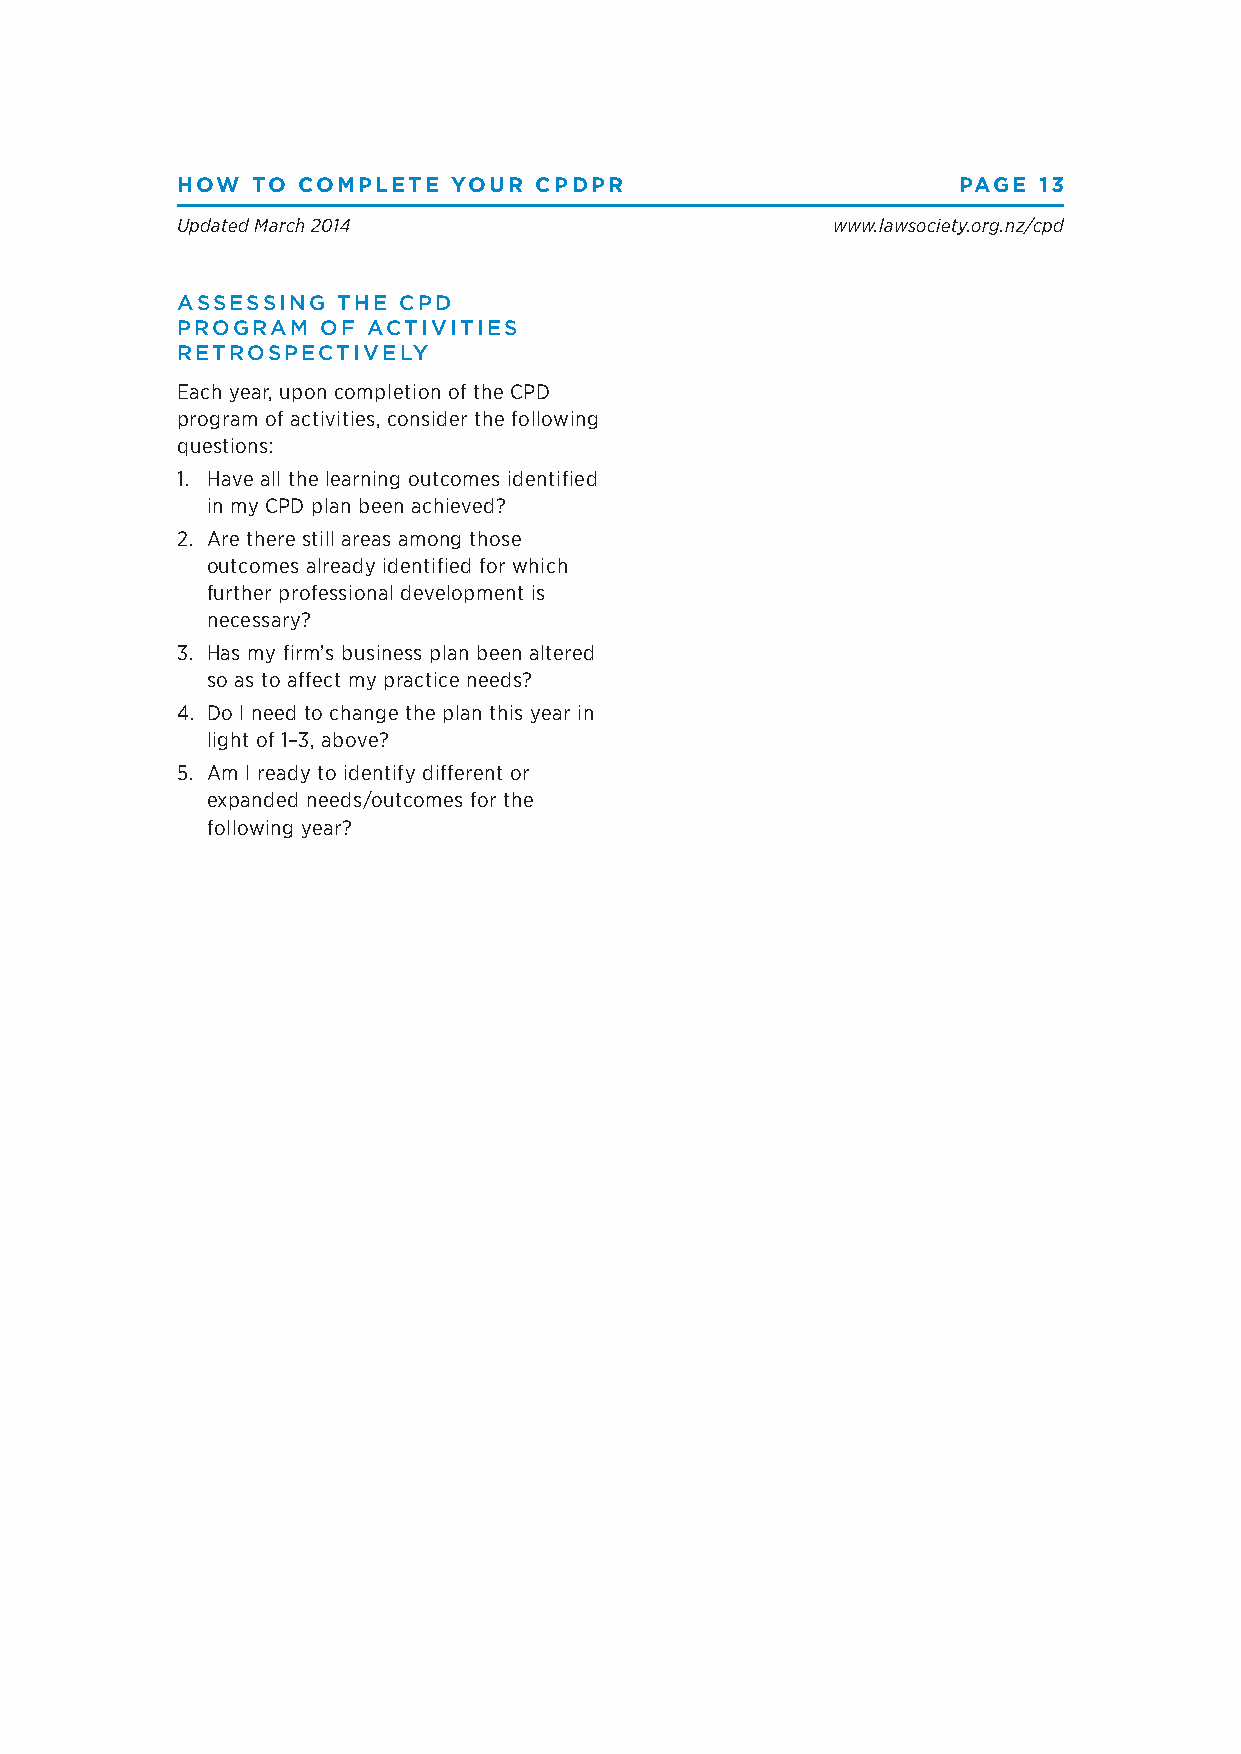
HOW  TO COMPLETE  YOUR CPDPR                       PAGE  13
 Updated March 2014                         www.lawsociety.org.nz/cpd
 ASSESSING THE CPD
 PROGRAM  OF ACTIVITIES
 RETROSPECTIVELY
 Each year, upon completion of the CPD
 program of activities, consider the following
 questions:
 1. Have all the learning outcomes identified
 in my CPD plan been achieved?
 2. Are there still areas among those
 outcomes already identified for which
 further professional development is
 necessary?
 3. Has my firm’s business plan been altered
 so as to affect my practice needs?
 4. Do I need to change the plan this year in
 light of 1–3, above?
 5. Am I ready to identify different or
 expanded needs/outcomes for the
 following year?